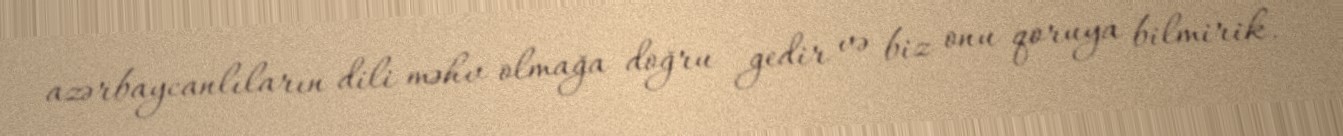
azərbaycanlıların dili məhv olmağa doğru gedir və biz onu qoruya bilmirik.